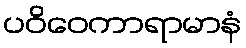
ပဝိဝေကာရာမာနံ